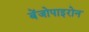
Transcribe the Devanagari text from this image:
बेंजोपाइरोन